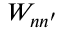
W _ { n n ^ { \prime } }